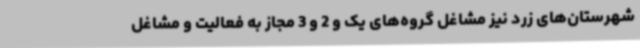
شهرستان‌های زرد نیز مشاغل گروه‌های یک و 2 و 3 مجاز به فعالیت و مشاغل